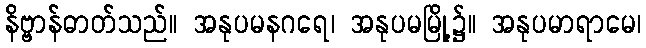
နိဗ္ဗာန်ဓာတ်သည်။ အနုပမနဂရေ၊ အနုပမမြို့၌။ အနုပမာရာမေ၊